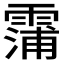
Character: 𮦫